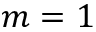
m = 1